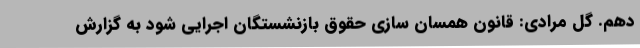
دهم. گل مرادی: قانون همسان سازی حقوق بازنشستگان اجرایی شود به گزارش